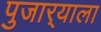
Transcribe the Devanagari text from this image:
पुजार्‍याला